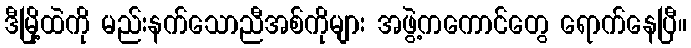
ဒီမြို့ထဲကို မည်းနက်သောညီအစ်ကိုများ အဖွဲ့ကကောင်တွေ ရောက်နေပြီ။